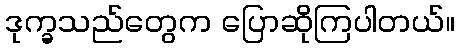
ဒုက္ခသည်တွေက ပြောဆိုကြပါတယ်။